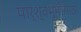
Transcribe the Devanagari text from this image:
पार्श्वभूमीसाठी